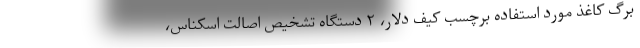
برگ کاغذ مورد استفاده برچسب کیف دلار، ۲ دستگاه تشخیص اصالت اسکناس،